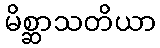
မိစ္ဆာသတိယာ